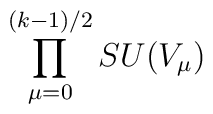
\prod_{\mu=0}^{(k-1)/2} SU(V_{\mu})